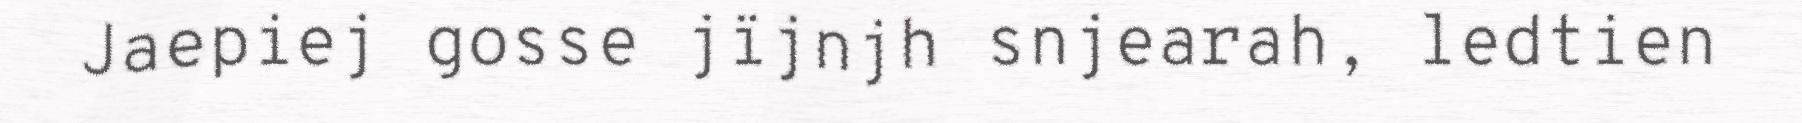
Jaepiej gosse jïjnjh snjearah, ledtien